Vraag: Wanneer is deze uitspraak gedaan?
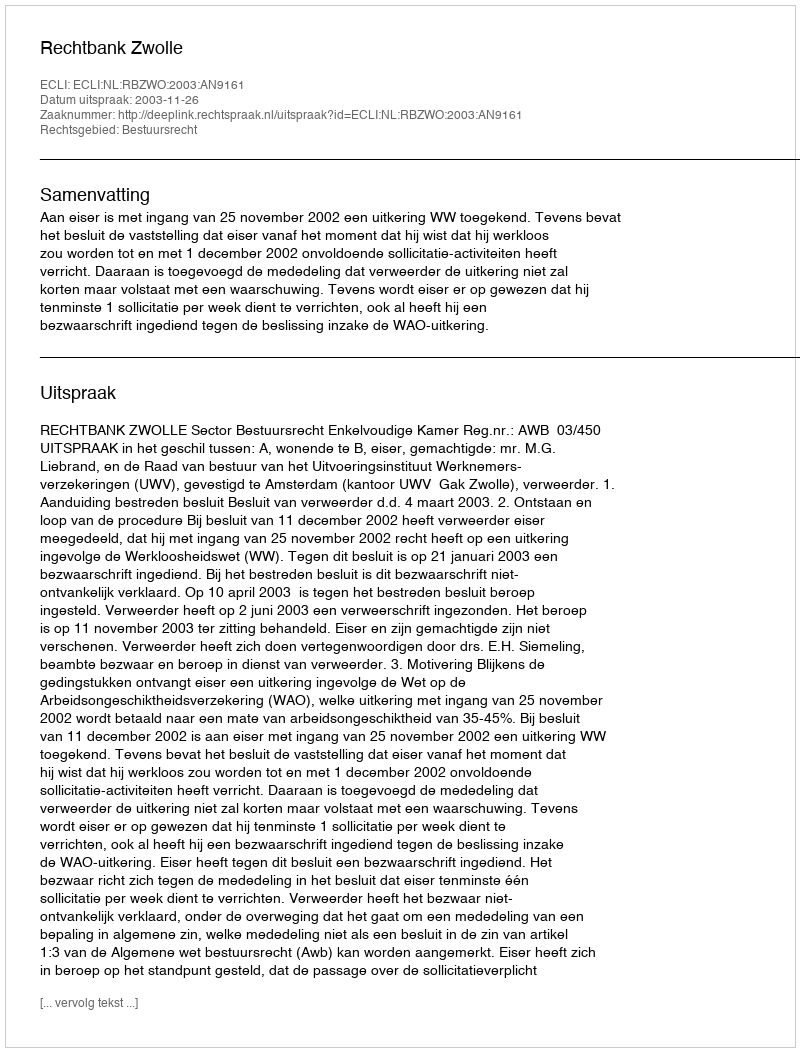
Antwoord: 2003-11-26